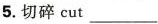
5.切碎cut___